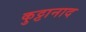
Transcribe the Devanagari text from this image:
कुट्टानाद